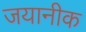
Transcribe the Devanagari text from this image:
जयानीक